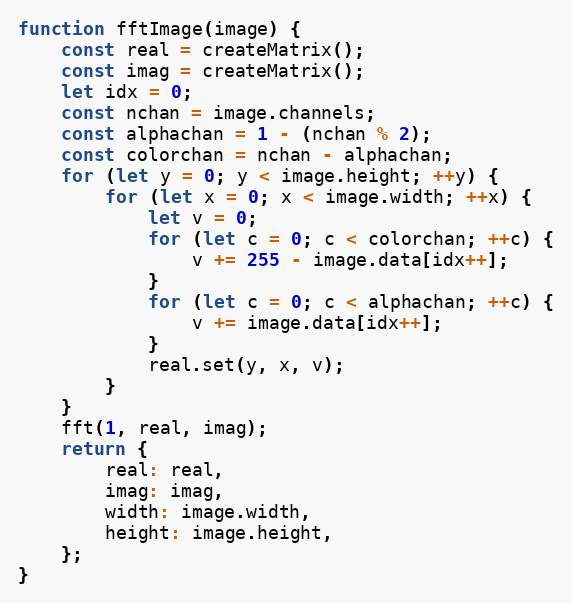
Language: JavaScript
function fftImage(image) {
    const real = createMatrix();
    const imag = createMatrix();
    let idx = 0;
    const nchan = image.channels;
    const alphachan = 1 - (nchan % 2);
    const colorchan = nchan - alphachan;
    for (let y = 0; y < image.height; ++y) {
        for (let x = 0; x < image.width; ++x) {
            let v = 0;
            for (let c = 0; c < colorchan; ++c) {
                v += 255 - image.data[idx++];
            }
            for (let c = 0; c < alphachan; ++c) {
                v += image.data[idx++];
            }
            real.set(y, x, v);
        }
    }
    fft(1, real, imag);
    return {
        real: real,
        imag: imag,
        width: image.width,
        height: image.height,
    };
}